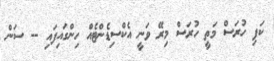
ކަފި ހުރަސް މަތީ ހުރަސް މިރޭ ވަނީ އެކްސިޑެންޓެއް ހިންގައިފައި -- ސަން